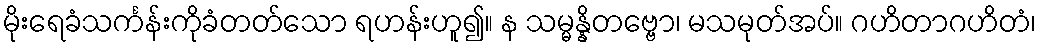
မိုးရေခံသင်္ကန်းကိုခံတတ်သော ရဟန်းဟူ၍။ န သမ္မန္နိတဗ္ဗော၊ မသမုတ်အပ်။ ဂဟိတာဂဟိတံ၊